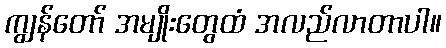
ကျွန်တော် အမျိုးတွေထံ အလည်လာတာပါ။